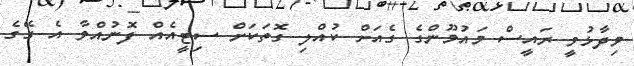
ވިދާޅުވީ ރައީސް މައުމޫންގެ ގެއަށް ކުއްލި ގޮތަކަށް ސިޓީއެއް ފޮނުއްވާ އެ ގޭގެ